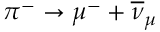
\pi ^ { - } \rightarrow \mu ^ { - } + \overline { { \nu } } _ { \mu }